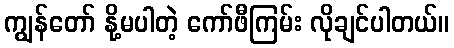
ကျွန်တော် နို့မပါတဲ့ ကော်ဖီကြမ်း လိုချင်ပါတယ်။